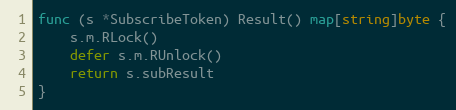
Language: Go
func (s *SubscribeToken) Result() map[string]byte {
	s.m.RLock()
	defer s.m.RUnlock()
	return s.subResult
}